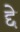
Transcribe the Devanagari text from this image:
द्दे